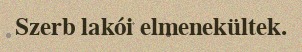
Szerb lakói elmenekültek.